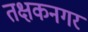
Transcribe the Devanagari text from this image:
तक्षकनगर